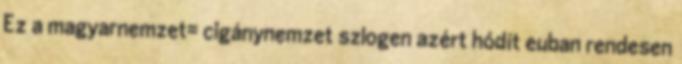
Ez a magyarnemzet= cigánynemzet szlogen azért hódít euban rendesen